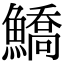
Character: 鱎